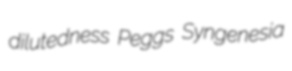
dilutedness Peggs Syngenesia